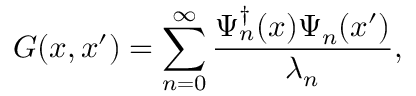
G ( x , x ^ { \prime } ) = \sum _ { n = 0 } ^ { \infty } { \frac { \Psi _ { n } ^ { \dagger } ( x ) \Psi _ { n } ( x ^ { \prime } ) } { \lambda _ { n } } } ,